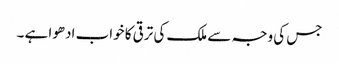
جس کی وجہ سے ملک کی ترقی کا خواب ادھوا ہے ۔